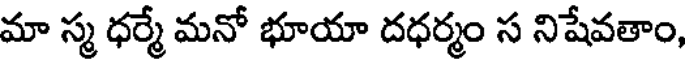
మా స్మ ధర్మే మనో భూయా దధర్మం స నిషేవతాం,